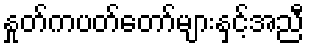
နှုတ်ကပတ်တော်များနှင့်အညီ